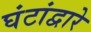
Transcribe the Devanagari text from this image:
घंटांद्वारे